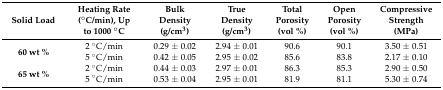
<table><thead><tr><td><b>Solid Load</b></td><td><b>Heating Rate (°C/min), Up to 1000 °C</b></td><td><b>Bulk Density (g/cm<sup>3</sup>)</b></td><td><b>True Density (g/cm<sup>3</sup>)</b></td><td><b>Total Porosity (vol %)</b></td><td><b>Open Porosity (vol %)</b></td><td><b>Compressive Strength (MPa)</b></td></tr></thead><tbody><tr><td rowspan="2"><b>60 wt %</b></td><td>2 °C/min</td><td>0.29 ± 0.02</td><td>2.94 ± 0.01</td><td>90.6</td><td>90.1</td><td>3.50 ± 0.51</td></tr><tr><td>5 °C/min</td><td>0.42 ± 0.05</td><td>2.95 ± 0.02</td><td>85.6</td><td>83.8</td><td>2.17 ± 0.10</td></tr><tr><td rowspan="2"><b>65 wt %</b></td><td>2 °C/min</td><td>0.44 ± 0.03</td><td>2.97 ± 0.01</td><td>86.3</td><td>85.3</td><td>2.90 ± 0.50</td></tr><tr><td>5 °C/min</td><td>0.53 ± 0.04</td><td>2.95 ± 0.01</td><td>81.9</td><td>81.1</td><td>5.30 ± 0.74</td></tr></tbody></table>